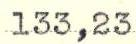
133,23